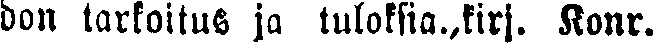
don tarkoitus ja tuloksia.,kirj. Konr.